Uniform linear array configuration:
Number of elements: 4
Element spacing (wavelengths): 0.5
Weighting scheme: exponential
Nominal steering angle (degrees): -60
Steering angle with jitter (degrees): -61.925
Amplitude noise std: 0.05
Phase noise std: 0.05

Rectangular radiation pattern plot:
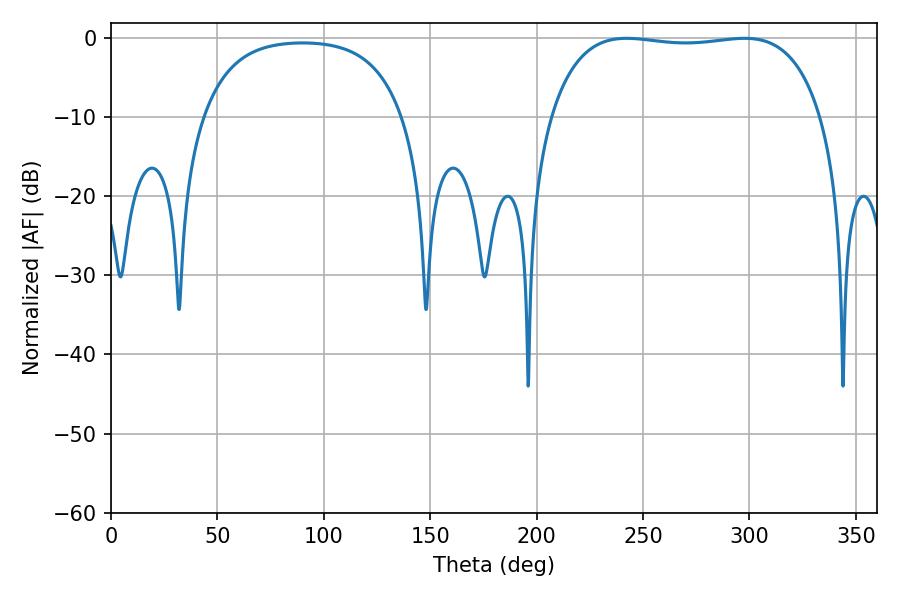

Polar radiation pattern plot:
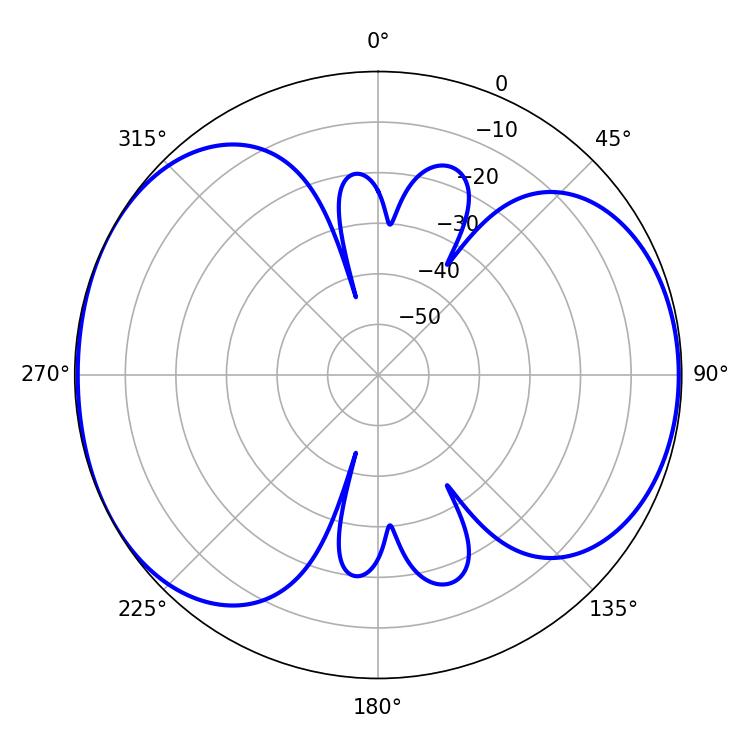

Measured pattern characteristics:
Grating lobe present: FALSE
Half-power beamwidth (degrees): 101.52
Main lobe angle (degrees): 242.28